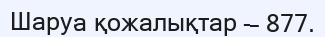
Шаруа қожалықтар — 877.